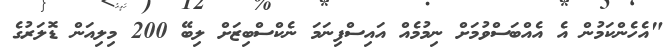
"އެހެންކަމުން އެ އެއްބަސްވުމަށް ނިމުމެއް އައިސްފިނަމަ ނެކްސްބިޒަށް ލިބޭ 200 މިލިއަން ޑޮލަރުގެ